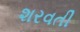
શરવતી